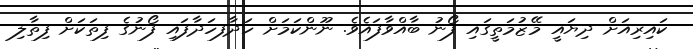
ކައިރިއަށް ދިޔައީ މޭޒުމަތީގައި ފޯނު ބާއްވާފައެވެ. ނޫންކަމަށް ހަދާފހަދާފައި ފޯނުގެ ފިތަކަށް ފިތާލި